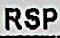
RSP